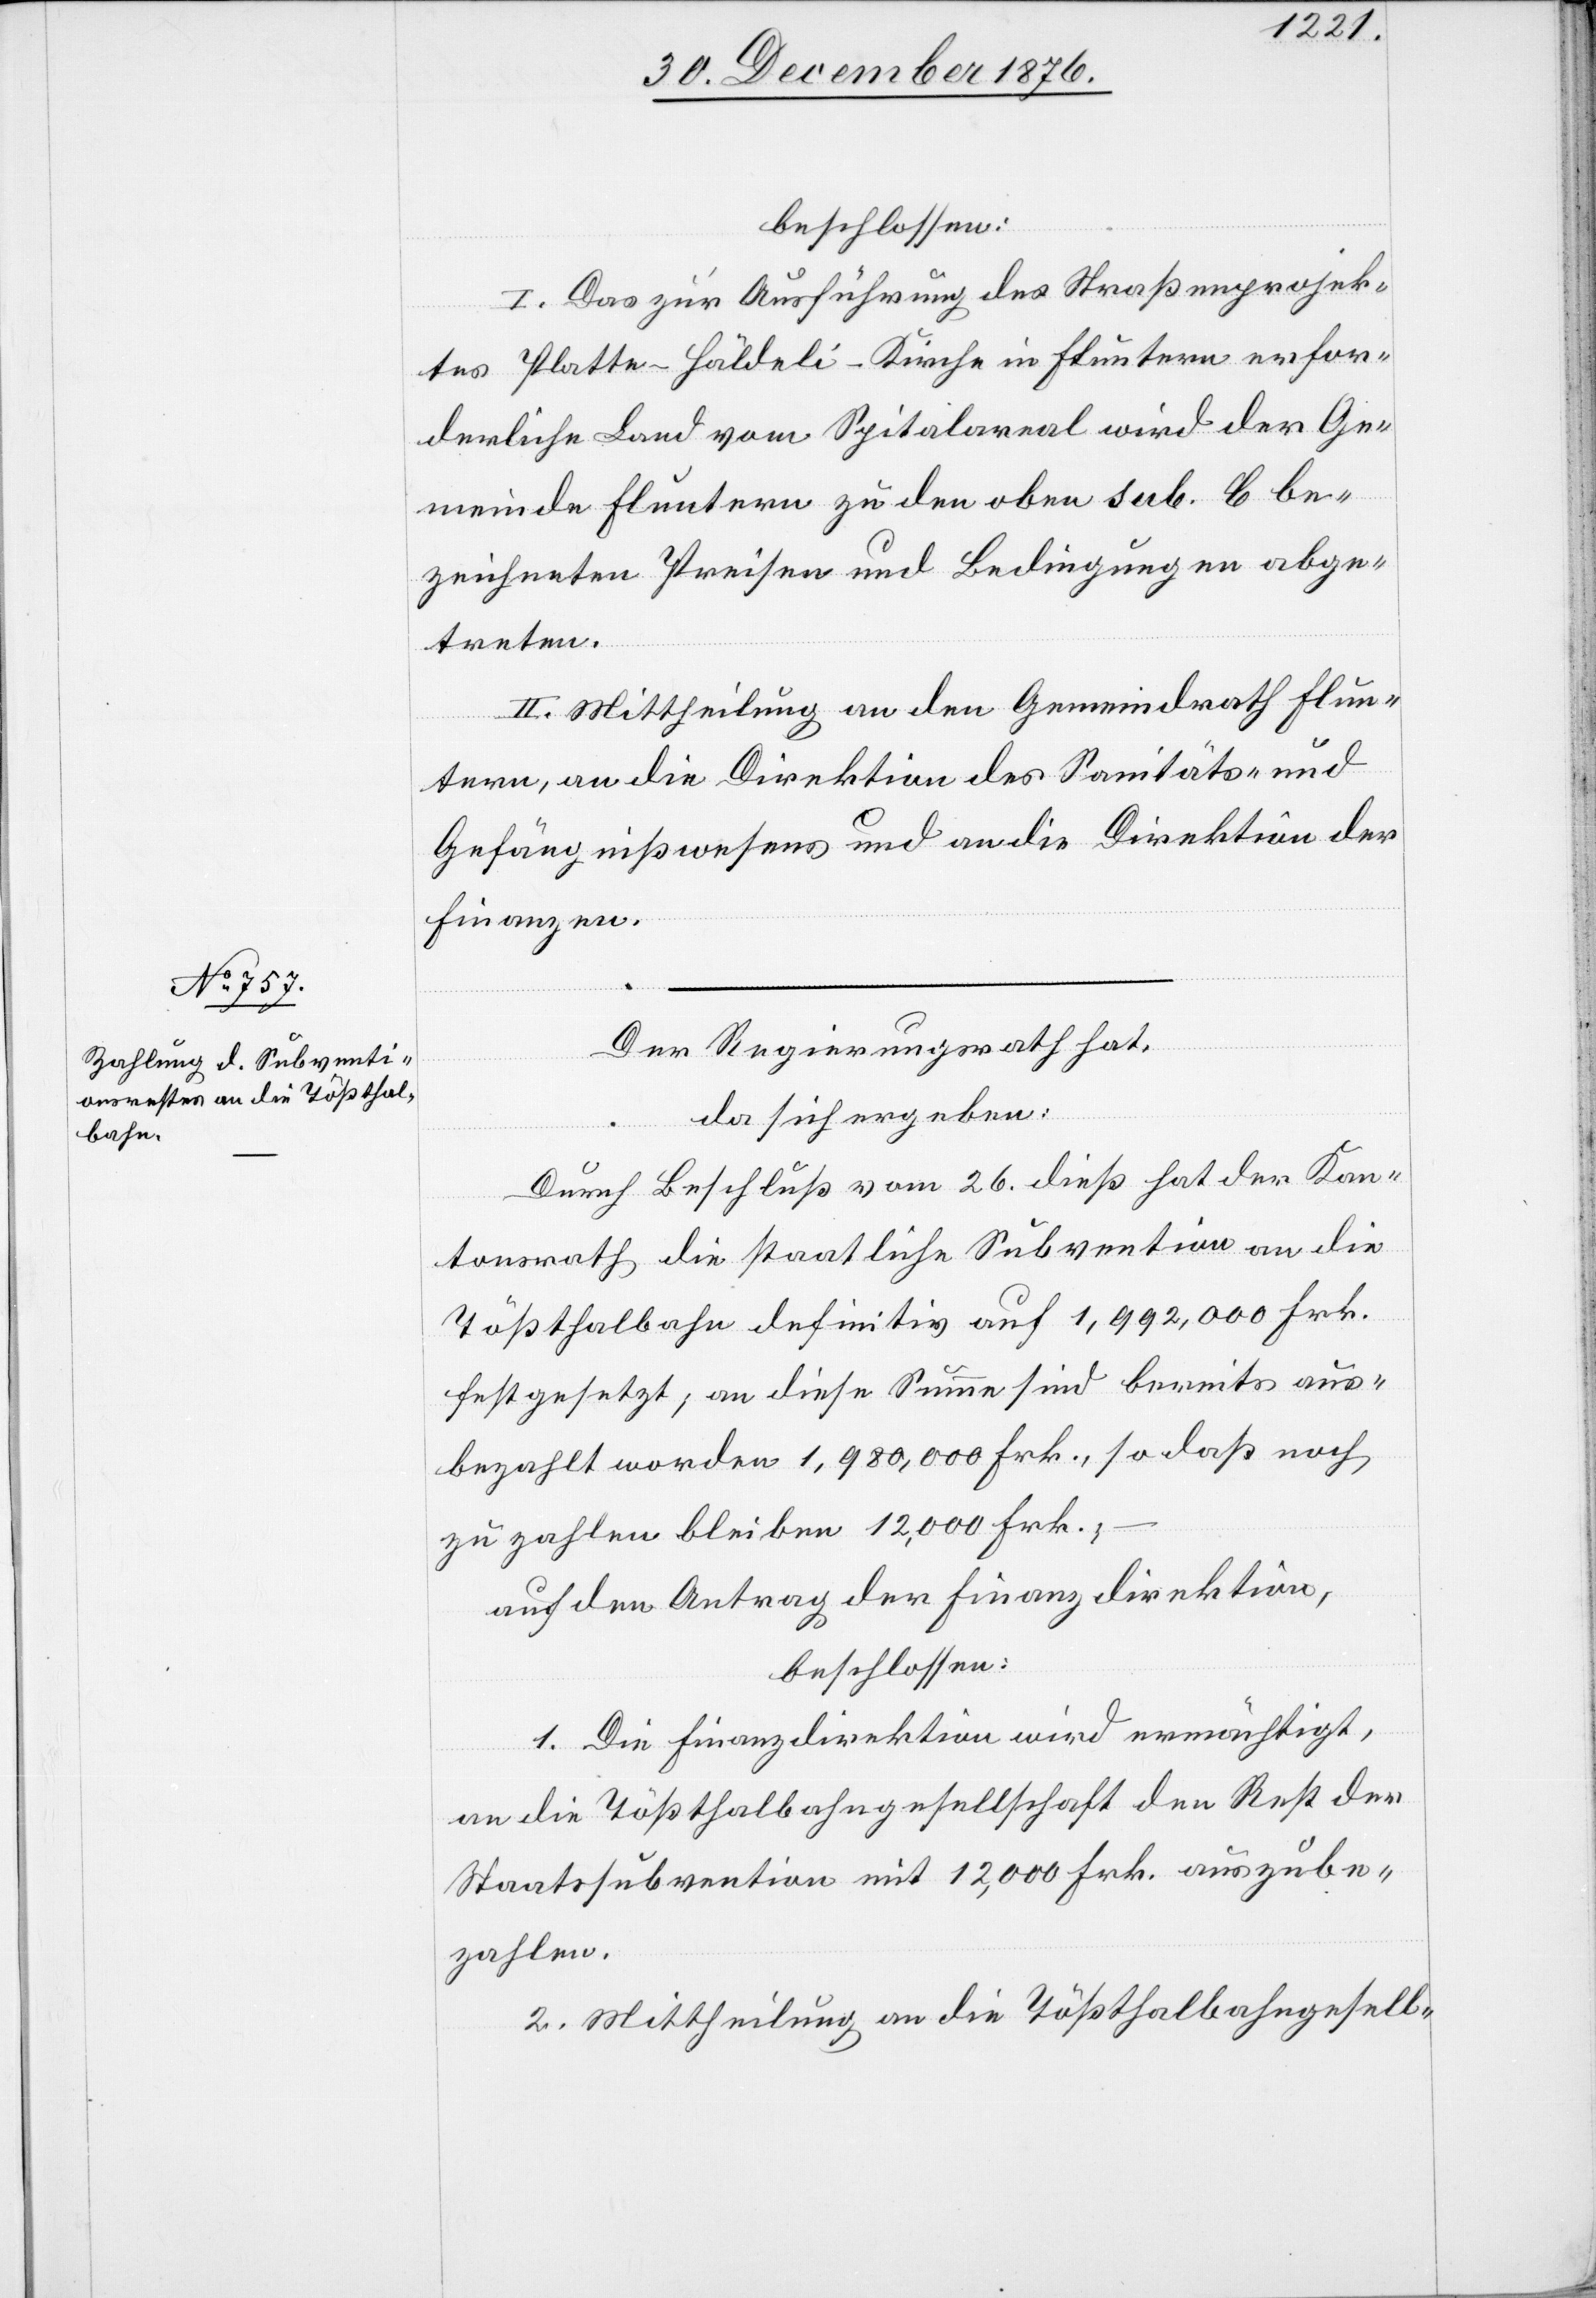
beschlossen:
I. Das zur Ausführung des Straßenprojek¬
tes Platte–Häldeli–Kirche in Fluntern erfor¬
derliche Land vom Spitalareal wird der Ge¬
meinde Fluntern zu den oben sub. C be¬
zeichneten Preisen und Bedingungen abge¬
treten.
II. Mittheilung an den Gemeindrath Flun¬
tern, an die Direktion des Sanitäts- und
Gefängnißwesens und an die Direktion der
Finanzen.
Der Regierungsrath hat,
da sich ergeben:
Durch Beschluß vom 26. dieß hat der Kan¬
tonsrath die staatliche Subvention an die
Tößthalbahn definitiv auf 1,992,000 Frk.
festgesetzt; an diese Summe sind bereits aus¬
bezahlt worden 1,980,000 Frk., so daß noch
zu zahlen bleiben 12,000 Frk.;
auf den Antrag der Finanzdirektion,
beschlossen:
1. Die Finanzdirektion wird ermächtigt,
an die Tößthalbahngesellschaft den Rest der
Staatssubvention mit 12,000 Frk. auszube¬
zahlen.
2. Mittheilung an die Tößthalbahngesell-